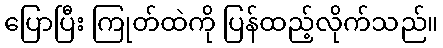
ပြောပြီး ကြုတ်ထဲကို ပြန်ထည့်လိုက်သည်။